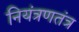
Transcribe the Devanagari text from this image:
नियंत्रणतंत्र